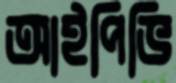
আইপিভি